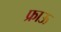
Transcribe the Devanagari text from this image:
फ्राऊ